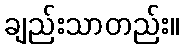
ချည်းသာတည်း။